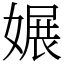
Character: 㜊